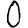
Digit: 0